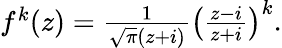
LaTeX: \begin{array}{r}{f^{k}(z)=\frac{1}{\sqrt{\pi}(z+i)}\left(\frac{z-i}{z+i}\right)^{k}.}\end{array}